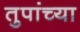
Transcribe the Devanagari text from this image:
तुपांच्या